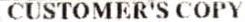
CUSTOMER'S COPY